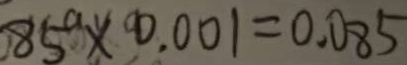
8 5 ^ { a } \times 0 . 0 0 1 = 0 . 0 8 5